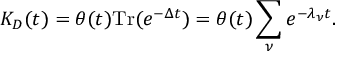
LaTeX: K _ { D } ( t ) = \theta ( t ) \mathrm { T r } ( e ^ { - \Delta t } ) = \theta ( t ) \sum _ { \nu } e ^ { - \lambda _ { \nu } t } .